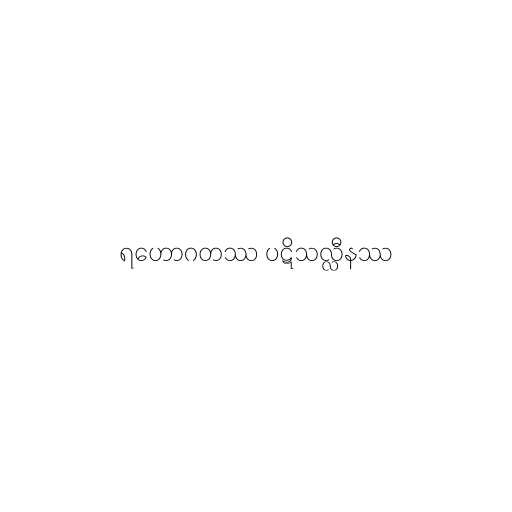
ရဟောဂတဿ ပဋိသလ္လီနဿ